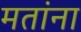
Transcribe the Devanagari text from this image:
मतांना